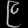
Digit: ၉